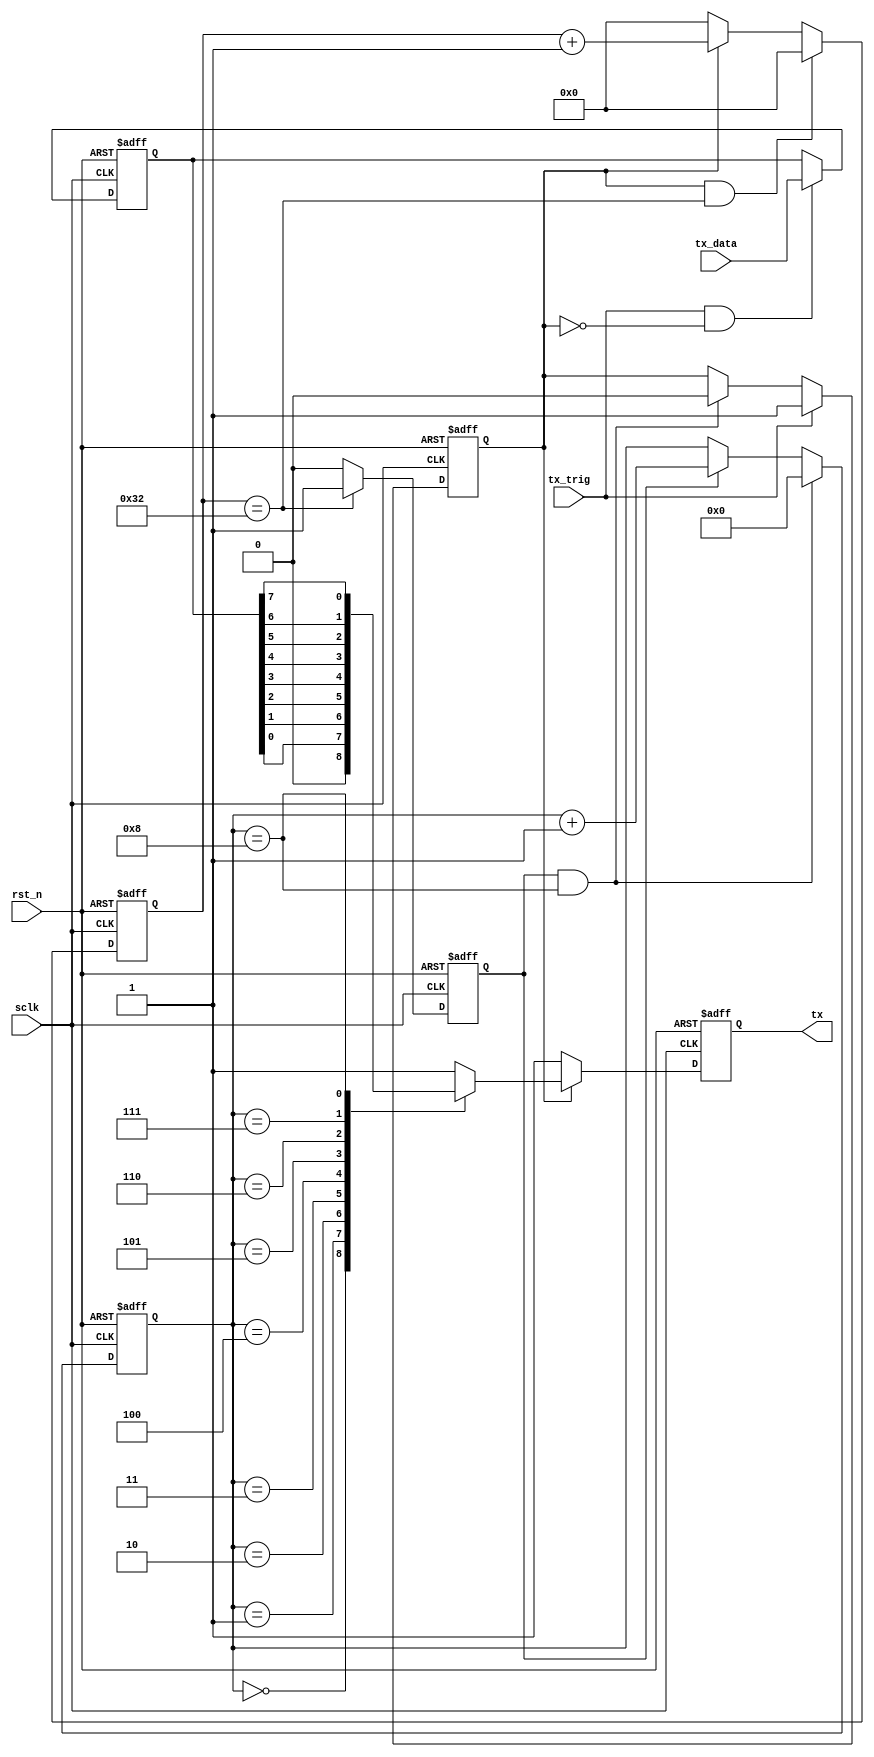
 //*********************************************************\
 //*****************uart transmit*************************
 //*********************************************************/
 `define TEST_BAUD
 module uart_tx(
 	sclk,
 	rst_n,
 	tx_trig,
 	tx_data,
 	tx
 	);
 
 	input					sclk;
 	input					rst_n;
 	input					tx_trig;
 	input		[ 7:0]		tx_data;
 	output	reg				tx;

//*********************************************************\
//******define internal signals and parameters*******
//*********************************************************/
	`ifndef TEST_BAUD
	localparam  BAUD_MAX =   5207;
	`else
	localparam  BAUD_MAX =   50;
	`endif
	localparam  BIT_MAX  =   8;
	reg			[ 7:0]		tx_data_r;
	reg						tx_flag;
	reg			[12:0]		baud_cnt;
	reg			[ 3:0]		bit_cnt;
	reg						bit_flag;

	//tx_data_r
	always @(posedge sclk or negedge rst_n)  begin
		if (!rst_n)
			tx_data_r    <=  0;
		else if (tx_trig && !tx_flag)
			tx_data_r    <=  tx_data;
	end
	
	//tx_flag
	always @(posedge sclk or negedge rst_n)  begin
		if (!rst_n)
			tx_flag      <=  1'b0;
		else if (tx_trig)
			tx_flag      <=  1'b1;
		else if (bit_flag && bit_cnt==BIT_MAX)
			tx_flag      <=  1'b0;
	end
	//baud_cnt
	always @(posedge sclk or negedge rst_n)  begin
		if (!rst_n)
			baud_cnt     <=  0;
		else if (tx_flag && baud_cnt==BAUD_MAX)
			baud_cnt     <=  0;
		else if (tx_flag)
			baud_cnt     <=  baud_cnt    +   1'b1;
		else
			baud_cnt     <=  0;
	end
	//bit_flag
	always @(posedge sclk or negedge rst_n)  begin
		if (!rst_n)
			bit_flag     <=  0;
		else if (baud_cnt==BAUD_MAX)
			bit_flag     <=  1'b1;
		else
			bit_flag     <=  1'b0;
	end
	//bit_cnt
	always @(posedge sclk or negedge rst_n)  begin
		if (!rst_n)
			bit_cnt      <=  0;
		else if (bit_flag && bit_cnt==BIT_MAX)
			bit_cnt      <=  0;
		else if (bit_flag)
			bit_cnt      <=  bit_cnt +   1'b1;
	end
	//tx
	always @(posedge sclk or negedge rst_n)  begin
		if (!rst_n)
			tx           <=  1'b1;
		else if (tx_flag) begin //
			tx           <=  1'b1;
			case(bit_cnt)
				0:  tx   <=  1'b0;
				1:  tx   <=  tx_data_r[0];
				2:  tx   <=  tx_data_r[1];
				3:  tx   <=  tx_data_r[2];
				4:  tx   <=  tx_data_r[3];
				5:  tx   <=  tx_data_r[4];
				6:  tx   <=  tx_data_r[5];
				7:  tx   <=  tx_data_r[6];
				8:  tx   <=  tx_data_r[7];
			endcase
		end
		else
			tx           <=  1'b1;
	end

/*	always @(posedge sclk or negedge rst_n)  begin
		if (!rst_n)
			tx           <=  1'b1;
		else begin tx_flag==1bit_cnt 0tx0uart
			tx           <=  1'b1;
			case(bit_cnt)
				0:  tx   <=  1'b0;
				1:  tx   <=  tx_data_r[0];
				2:  tx   <=  tx_data_r[1];
				3:  tx   <=  tx_data_r[2];
				4:  tx   <=  tx_data_r[3];
				5:  tx   <=  tx_data_r[4];
				6:  tx   <=  tx_data_r[5];
				7:  tx   <=  tx_data_r[6];
				8:  tx   <=  tx_data_r[7];
			endcase
		end
	end*/
	
 endmodule